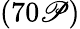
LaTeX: (70\mathscr{P})